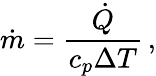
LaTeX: \dot{m}=\frac{\dot{Q}}{c_{p}\Delta T}\, ,